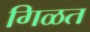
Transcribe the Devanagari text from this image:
गिळत